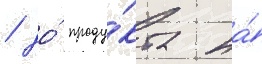
/ до́ проду́кта на́